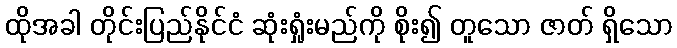
ထိုအခါ တိုင်းပြည်နိုင်ငံ ဆုံးရှုံးမည်ကို စိုး၍ တူသော ဇာတ် ရှိသော